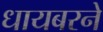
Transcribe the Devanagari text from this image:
धायबरने